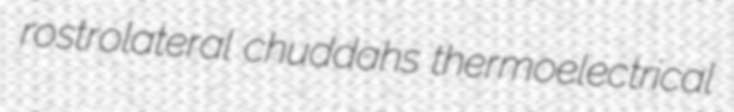
rostrolateral chuddahs thermoelectrical